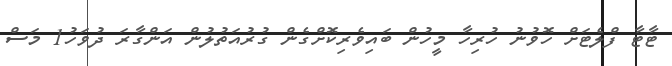
ޓާޓާ ފްލެޓަށް ހޮވުނު ހުރިހާ މީހުން ބައިވެރިކޮށްގެން ގުރުއަތުލުން އަންގާރަ ދުވަހު1 މަސް